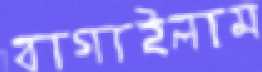
বাগাইলাম